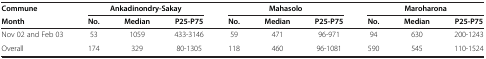
<table><thead><tr><td><b>Commune</b></td><td colspan="3"><b>Ankadinondry-Sakay</b></td><td colspan="3"><b>Mahasolo</b></td><td colspan="3"><b>Maroharona</b></td></tr><tr><td><b>Month</b></td><td><b>No.</b></td><td><b>Median</b></td><td><b>P25-P75</b></td><td><b>No.</b></td><td><b>Median</b></td><td><b>P25-P75</b></td><td><b>No.</b></td><td><b>Median</b></td><td><b>P25-P75</b></td></tr></thead><tbody><tr><td>Nov 02 and Feb 03</td><td>53</td><td>1059</td><td>433-3146</td><td>59</td><td>471</td><td>96-971</td><td>94</td><td>630</td><td>200-1243</td></tr><tr><td>Overall</td><td>174</td><td>329</td><td>80-1305</td><td>118</td><td>460</td><td>96-1081</td><td>590</td><td>545</td><td>110-1524</td></tr></tbody></table>